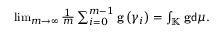
\begin{array} { r } { \operatorname* { l i m } _ { m \rightarrow \infty } \frac { 1 } { m } \sum _ { i = 0 } ^ { m - 1 } \mathbf { g } \left( \gamma _ { i } \right) = \int _ { \mathbb { K } } \mathbf { g } \mathsf { d } \mu . } \end{array}